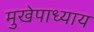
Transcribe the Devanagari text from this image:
मुखेपाध्याय